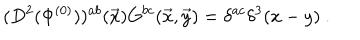
( D ^ { 2 } ( \Phi ^ { ( 0 ) } ) ) ^ { a b } ( { \vec { x } } ) G ^ { b c } ( \vec { x } , \vec { y } ) = \delta ^ { a c } \delta ^ { 3 } ( x - y ) ~ .